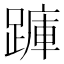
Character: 𮜇